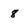
Character: 8